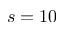
s = 1 0